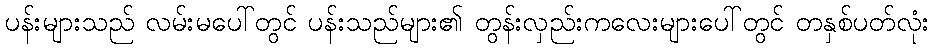
ပန်းများသည် လမ်းမပေါ်တွင် ပန်းသည်များ၏ တွန်းလှည်းကလေးများပေါ်တွင် တနှစ်ပတ်လုံး